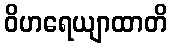
ဝိဟရေယျာထာတိ